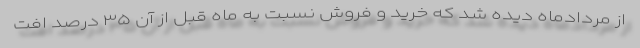
از مردادماه دیده شد که خرید و فروش نسبت به ماه قبل از آن ۳۵ درصد افت